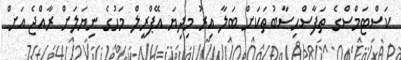
ކަސްޓަމްސްގެ ތަފާސްހިސާބުތަކަށް ބަލާ އިރު މިދިޔަ އޭޕްރީލް މަހުގެ ނިޔަލަށް ރާއްޖެ އަށް